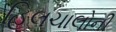
હિલચાલોની